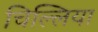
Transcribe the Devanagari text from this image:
चिल्लिया